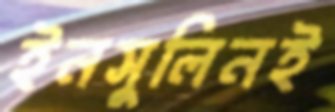
ইনসুলিনই